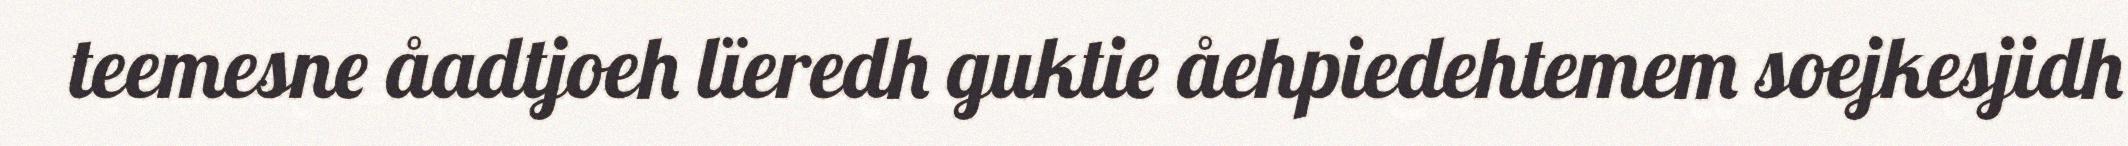
teemesne åadtjoeh lïeredh guktie åehpiedehtemem soejkesjidh